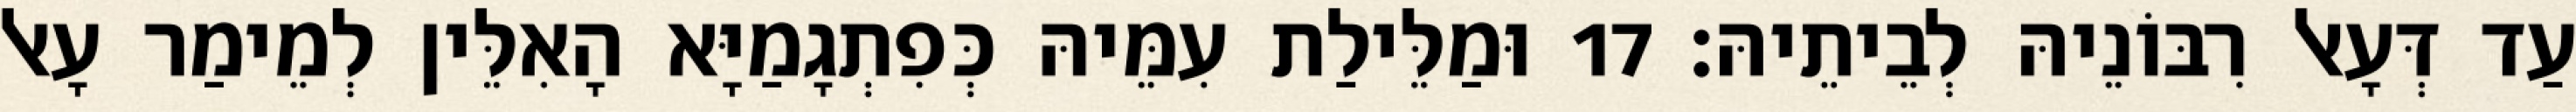
עַד דְּעָאל רִבּוֹנֵיהּ לְבֵיתֵיהּ׃ 17 וּמַלֵּילַת עִמֵּיהּ כְּפִתְגָמַיָּא הָאִלֵּין לְמֵימַר עָאל